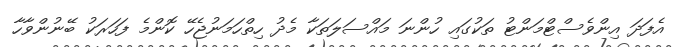
އެފަދަ އިންވެސްޓްމަންޓު ތަކުގައި ހުންނަ މައްސަލަތަކާ މެދު ހިތްހަމަނުޖެހޭ ކޮންމެ ފަހަރަކު ބޭނުންވާހާ